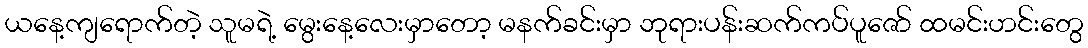
ယနေ့ကျရောက်တဲ့ သူမရဲ့ မွေးနေ့လေးမှာတော့ မနက်ခင်းမှာ ဘုရားပန်းဆက်ကပ်ပူဇော် ထမင်းဟင်းတွေ